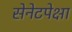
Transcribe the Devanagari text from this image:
सेनेटपेक्षा